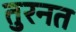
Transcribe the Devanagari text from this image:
तुरनत